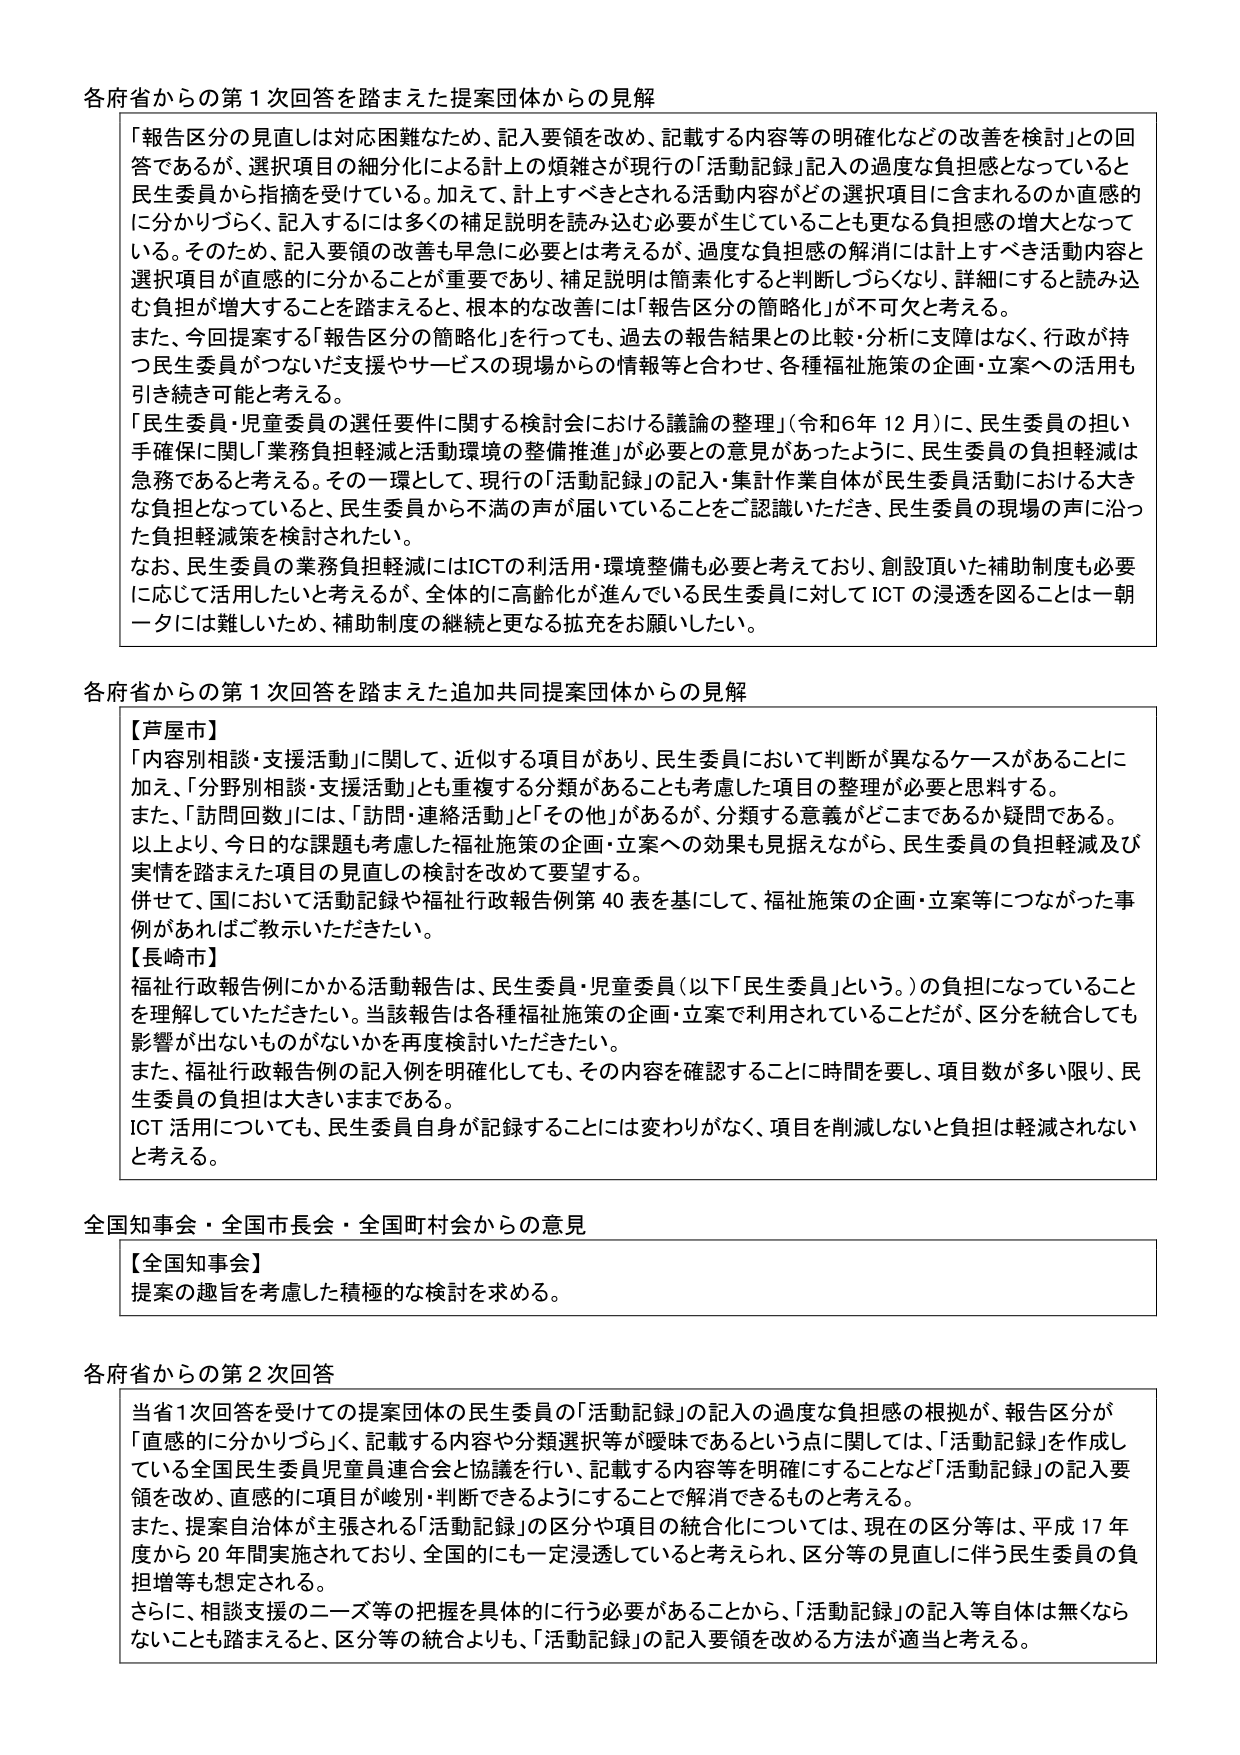
各府省からの第１次回答を踏まえた提案団体からの見解

「報告区分の見直しは対応困難なため、記入要領を改め、記載する内容等の明確化などの改善を検討」との回答であるが、選択項目の細分化による計上の煩雑さが現行の「活動記録」記入の過度な負担感となっていると民生委員から指摘を受けている。加えて、計上すべきとされる活動内容がどの選択項目に含まれるのか直感的に分かりづらく、記入するには多くの補足説明を読み込む必要が生じるごとも更なる負担感の増大となっている。そのため、記入要領の改善も早急に必要とは考えるが、過度な負担感の解消には計上すべき活動内容と選択項目が直感的に分かることが重要であり、補足説明は簡素化すると判断しづらくなり、詳細にすると読み込む負担が増大することを踏まえると、根本的な改善には「報告区分の簡略化」が不可欠と考える。

また、今回提案する「報告区分の簡略化」を行っても、過去の報告結果との比較・分析に支障はなく、行政が持つ民生委員がつないだ支援やサービスの現場からの情報等と合わせ、各種福祉施策の企画・立案への活用も引き続き可能と考える。

「民生委員・児童委員の選任要件に関する検討会における議論の整理」（令和6年12月）に、民生委員の担い手確保に関し「業務負担軽減と活動環境の整備推進」が必要との意見があったように、民生委員の負担軽減は急務であると考える。その一環として、現行の「活動記録」の記入・集計作業自体が民生委員活動における大きな負担となっていると、民生委員から不満の声が届いていることをご認識いただき、民生委員の現場の声に沿った負担軽減策を検討されたい。

なお、民生委員の業務負担軽減にはICTの利活用・環境整備も必要と考えており、創設頂いた補助制度も必要に応じて活用したいと考えるが、全体的に高齢化が進んでいる民生委員に対してICTの浸透を図ることは一朝一夕には難しいため、補助制度の継続と更なる拡充をお願いしたい。

各府省からの第１次回答を踏まえた追加共同提案団体からの見解

【芦屋市】
「内容別相談・支援活動」に関して、近似する項目があり、民生委員において判断が異なるケースがあることに加え、「分野別相談・支援活動」とも重複する分類があることも考慮した項目の整理が必要と思料する。
また、「訪問回数」には、「訪問・連絡活動」と「その他」があるが、分類する意義がどこまでであるか疑問である。
以上より、今日的な課題も考慮した福祉施策の企画・立案への効果も見据えながら、民生委員の負担軽減及び実情を踏まえた項目の見直しの検討を改めて要望する。
併せて、国において活動記録や福祉行政報告例第40表を基にして、福祉施策の企画・立案等につながった事例があればご教示いただきたい。

【長崎市】
福祉行政報告例にかかる活動報告は、民生委員・児童委員（以下「民生委員」という。）の負担になっていることを理解していただきたい。当該報告は各種福祉施策の企画・立案で利用されていることだが、区分を統合しても影響が出ないものがないかを再度検討いただきたい。
また、福祉行政報告例の記入例を明確化しても、その内容を確認することに時間を要し、項目数が多い限り、民生委員の負担は大きいままである。
ICT活用についても、民生委員自身が記録することには変わりがなく、項目を削減しないと負担は軽減されないと考える。

全国知事会・全国市長会・全国町村会からの意見

【全国知事会】
提案の趣旨を考慮した積極的な検討を求める。

各府省からの第２次回答

当省１次回答を受けての提案団体の民生委員の「活動記録」の記入の過度な負担感の根拠が、報告区分が「直感的に分かりづらく、記載する内容や分類選択等が曖昧である」という点に関しては、「活動記録」を作成している全国民生委員児童委員連合会と協議を行い、記載する内容等を明確にすることなど「活動記録」の記入要領を改め、直感的に項目が峻別・判断できるようにすることで解消できるものと考える。
また、提案自治体が主張される「活動記録」の区分や項目の統合化については、現在の区分等は、平成17年度から20年間実施されており、全国的にも一定浸透していると考えられ、区分等の見直しに伴う民生委員の負担増等も想定される。
さらに、相談支援のニーズ等の把握を具体的に行う必要があることから、「活動記録」の記入等自体は無くならないことも踏まえると、区分等の統合よりも、「活動記録」の記入要領を改める方法が適当と考える。